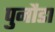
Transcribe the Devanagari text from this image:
पुनौडा